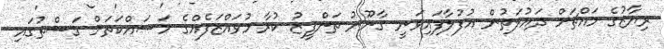
ރިޔާޒުގެ މައްޗަށް ދައުލަތުން އުފުލާފައިވަނީ ގާނޫނު ތަންފީޒު ކުރާ މުވައްޒަފެއްގެ މަސައްކަތަށް ގަސްތުގައި